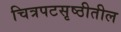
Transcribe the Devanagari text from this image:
चित्रपटसृष्ठीतील